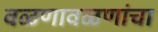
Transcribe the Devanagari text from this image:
वळणावळणांचा